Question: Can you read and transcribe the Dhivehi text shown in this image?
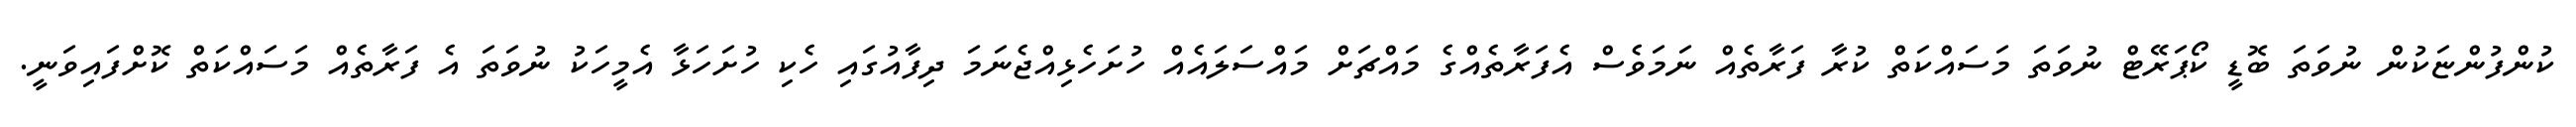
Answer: ކުންފުންޏަކުން ނުވަތަ ބޮޑީ ކޯޕަރޭޓް ނުވަތަ މަސައްކަތް ކުރާ ފަރާތެއް ނަމަވެސް އެފަރާތެއްގެ މައްޗަށް މައްސަލައެއް ހުށަހެޅިއްޖެނަމަ ދިފާއުގައި ހެކި ހުށަހަޅާ އެމީހަކު ނުވަތަ އެ ފަރާތެއް މަސައްކަތް ކޮށްފައިވަނީ.